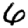
Digit: 6